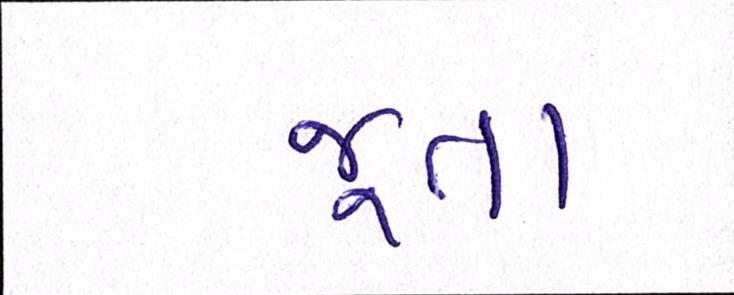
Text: જૂતા